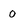
Character: 0